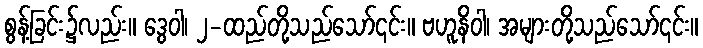
စွန့်ခြင်း၌လည်း။ ဒွေဝါ၊ ၂-ထည်တို့သည်သော်၎င်း။ ဗဟူနိဝါ၊ အများတို့သည်သော်၎င်း။